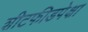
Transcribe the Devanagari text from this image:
शीटफीडपेक्षा